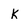
Character: k